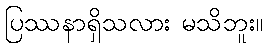
ပြဿနာရှိသလား မသိဘူး။